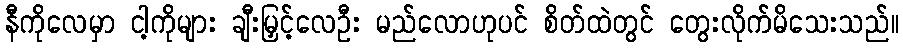
နီကိုလေမှာ ငါ့ကိုများ ချီးမြှင့်လေဦး မည်လောဟုပင် စိတ်ထဲတွင် တွေးလိုက်မိသေးသည်။